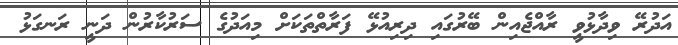
އަދުރޭ ވިދާޅުވީ ރާއްޖެއިން ބޭރުގައި ދިރިއުޅޭ ފަރާތްތަކަށް މިއަދުގެ ސަރުކާރުން ދަނީ ރަނގަޅު